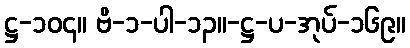
ဋ္ဌ-၁၀၄။ ဗိ-၁-ပါ-၁၃။-ဋ္ဌ-ပ-အုပ်-၁၆၉။